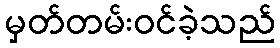
မှတ်တမ်းဝင်ခဲ့သည်